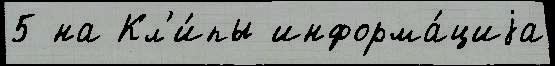
5 на Кл'и́пы информа́циjа